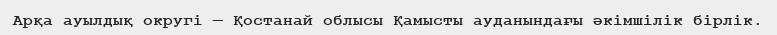
Арқа ауылдық округі — Қостанай облысы Қамысты ауданындағы әкімшілік бірлік.